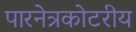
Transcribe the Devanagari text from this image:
पारनेत्रकोटरीय